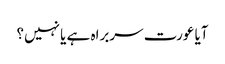
آیا عورت سربراہ ہے یا نہیں؟